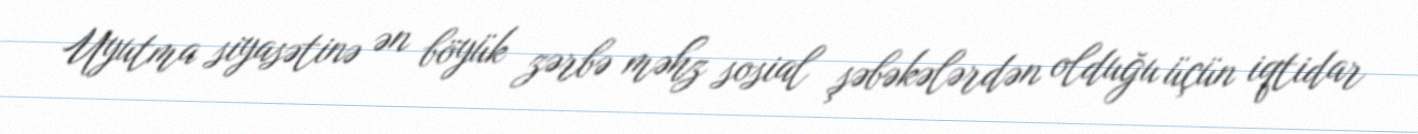
Uyutma siyasətinə ən böyük zərbə məhz sosial şəbəkələrdən olduğu üçün iqtidar